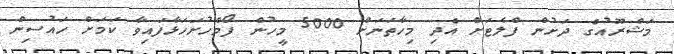
މަޝްރޫއުގެ ދަށުން ފްލެޓަށް އެދި މިހާތަނަށް 5000 މީހުން ފޯމްހުށަހަޅާފައިވާ ކަމަށް ހައުސިން